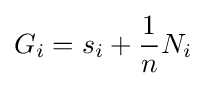
G_{i}=s_{i}+{\frac {1}{n}}N_{i}